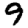
Digit: 9